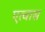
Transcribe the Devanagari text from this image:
एत्वास